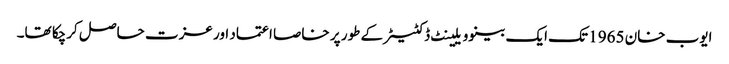
ایوب خان 1965 تک ایک بینوویلینٹ ڈکٹیٹر کے طور پر خاصا اعتماد اور عزت حاصل کرچکا تھا۔